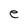
Character: e